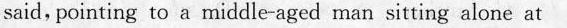
painring to a micdle-ngrd msn sitting aione at